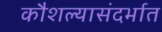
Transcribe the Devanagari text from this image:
कौशल्यासंदर्भात